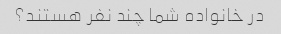
در خانواده شما چند نفر هستند؟